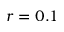
r = 0 . 1